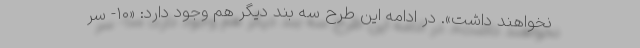
نخواهند داشت». در ادامه این طرح سه بند دیگر هم وجود دارد: «۱۰- سر